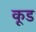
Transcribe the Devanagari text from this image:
कूड